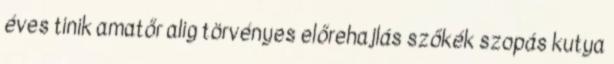
éves tinik amatőr alig törvényes előrehajlás szőkék szopás kutya